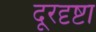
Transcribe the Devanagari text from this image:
दूरदृष्टा